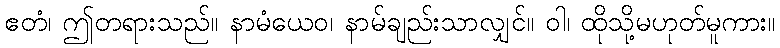
ဧတံ၊ ဤတရားသည်။ နာမံယေဝ၊ နာမ်ချည်းသာလျှင်။ ဝါ၊ ထိုသို့မဟုတ်မူကား။